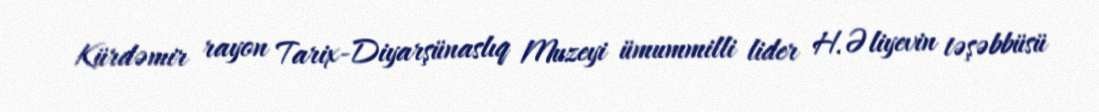
Kürdəmir rayon Tarix-Diyarşünaslıq Muzeyi ümummilli lider H.Əliyevin təşəbbüsü